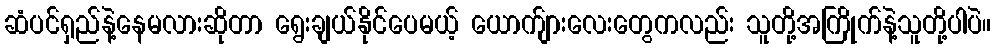
ဆံပင်ရှည်နဲ့နေမလားဆိုတာ ရွေးချယ်နိုင်ပေမယ့် ယောက်ျားလေးတွေကလည်း သူတို့အကြိုက်နဲ့သူတို့ပါပဲ။